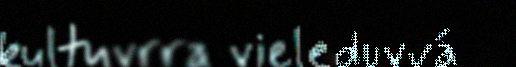
kultuvrra vieleduvvá